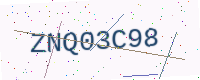
Text: ZNQ03C98